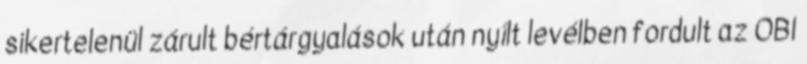
sikertelenül zárult bértárgyalások után nyílt levélben fordult az OBI